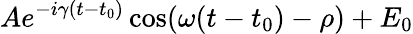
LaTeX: Ae^{-i\gamma(t-t_{0})}\cos(\omega(t-t_{0})-\rho)+E_{0}